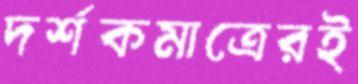
দর্শকমাত্রেরই